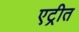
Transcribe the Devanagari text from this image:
एट्रीत